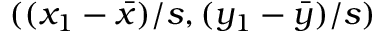
( ( x _ { 1 } - { \bar { x } } ) / s , ( y _ { 1 } - { \bar { y } } ) / s )